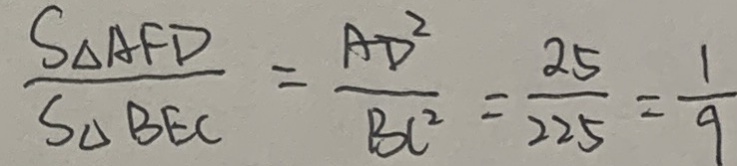
\frac { S _ { \Delta A F D } } { S _ { \Delta } B E C } = \frac { A D ^ { 2 } } { B C ^ { 2 } } = \frac { 2 5 } { 2 2 5 } = \frac { 1 } { 9 }